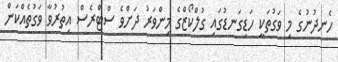
ހެނދުނުގެ މި ވަގުތަކީ ހަޑިގަނޑުގައި ގުލްކޯޒްގެ މިންވަރު ދަށްވެ ސްޓްރެސް އިތުރުވާ ވަގުތެއްކަން